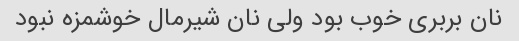
نان بربری خوب بود ولی نان شیرمال خوشمزه نبود